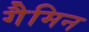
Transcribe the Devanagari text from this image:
गैमिन